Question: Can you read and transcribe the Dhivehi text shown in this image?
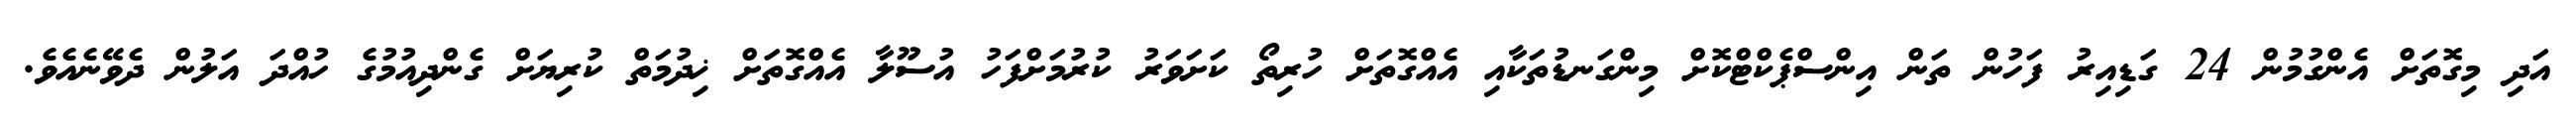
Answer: އަދި މިގޮތަށް އެންގުމުން 24 ގަޑިއިރު ފަހުން ތަން އިންސްޕެކްޓްކޮށް މިންގަނޑުތަކާއި އެއްގޮތަށް ހުރިތޯ ކަށަވަރު ކުރުމަށްފަހު އުސޫލާ އެއްގޮތަށް ޚިދުމަތް ކުރިޔަށް ގެންދިއުމުގެ ހުއްދަ އަލުން ދެވޭނެއެވެ.